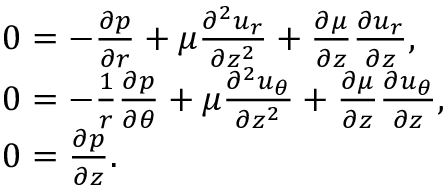
\begin{array} { r l } & { 0 = - \frac { \partial p } { \partial r } + \mu \frac { \partial ^ { 2 } u _ { r } } { \partial { z } ^ { 2 } } + \frac { \partial \mu } { \partial z } \frac { \partial u _ { r } } { \partial z } , } \\ & { 0 = - \frac { 1 } { r } \frac { \partial p } { \partial \theta } + \mu \frac { \partial ^ { 2 } u _ { \theta } } { \partial { z } ^ { 2 } } + \frac { \partial \mu } { \partial z } \frac { \partial u _ { \theta } } { \partial z } , } \\ & { 0 = \frac { \partial p } { \partial z } . } \end{array}